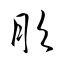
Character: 彤